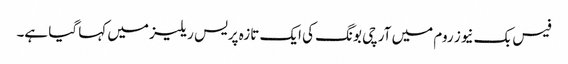
فیس بک نیوز روم میں آرچی بونگ کی ایک تازہ پریس ریلیز میں کہا گیا ہے۔